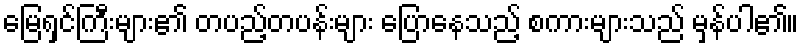
မြေရှင်ကြီးများ၏ တပည့်တပန်းများ ပြောနေသည့် စကားများသည် မှန်ပါ၏။